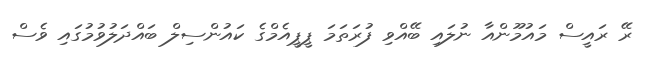
ރޭ ރައީސް މައުމޫންއާ ނުލައި ބޭއްވި ފުރަތަމަ ޕީޕީއެމްގެ ކައުންސިލް ބައްދަލުވުމުގައި ވެސް